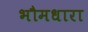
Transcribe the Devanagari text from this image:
भौमधारा